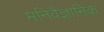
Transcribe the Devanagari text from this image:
मनिवैज्ञानिक